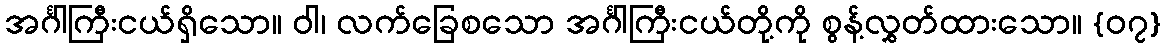
အင်္ဂါကြီးငယ်ရှိသော။ ဝါ၊ လက်ခြေစသော အင်္ဂါကြီးငယ်တို့ကို စွန့်လွှတ်ထားသော။ {၀၇}